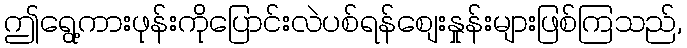
ဤရွေ့ကားဖုန်းကိုပြောင်းလဲပစ်ရန်စျေးနှုန်းများဖြစ်ကြသည်,